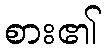
စား၏